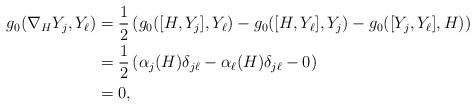
LaTeX: \begin{align*}g_0(\nabla_{H} Y_j, Y_{\ell})&= \frac{1}{2} \left(g_0([H,Y_j],Y_{\ell}) - g_0([H, Y_{\ell}], Y_j) - g_0([Y_j,Y_{\ell}], H) \right) \\&= \frac{1}{2} \left(\alpha_j(H) \delta_{j\ell} - \alpha_{\ell}(H) \delta_{j\ell} - 0 \right) \\&= 0,\end{align*}